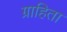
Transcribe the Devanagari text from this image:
ग्राहिता